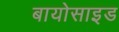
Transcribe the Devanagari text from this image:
बायोसाइड